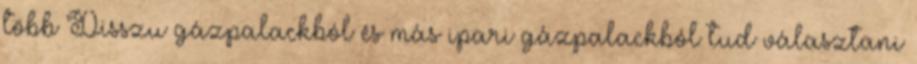
több Disszu gázpalackból és más ipari gázpalackból tud választani